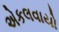
એકલવાયો